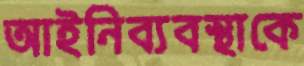
আইনিব্যবস্থাকে